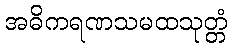
အဓိကရဏသမထသုတ္တံ